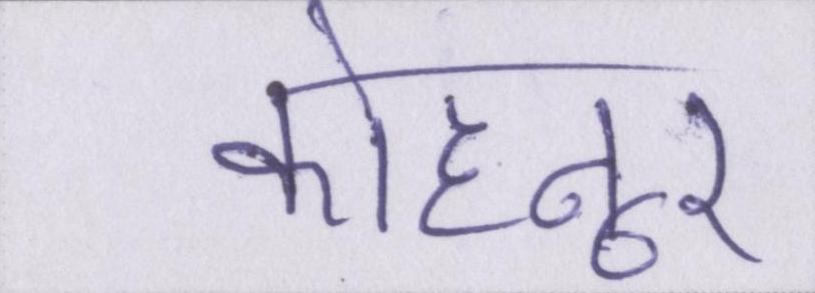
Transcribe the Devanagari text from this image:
कोहनूर